Indian journal of veterinary science and animal husbandry - Volume 13,
Year: 1943
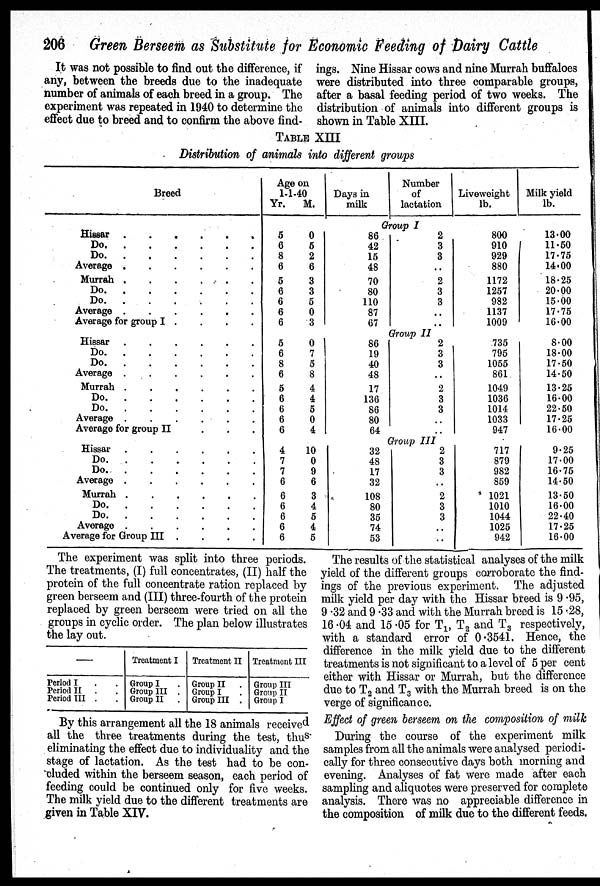
206
Green Berseem as Substitute for Economic Feeding of Dairy Cattle
It was not possible to find out the difference, if
any, between the breeds due to the inadequate
number of animals of each breed in a group. The
experiment was repeated in 1940 to determine the
effect due to breed and to confirm the above find-
ings. Nine Hissar cows and nine Murrah buffaloes
were distributed into three comparable groups,
after a basal feeding period of two weeks. The
distribution of animals into different groups is
shown in Table XIII.
TABLE XIII
Distribution of animals into different groups
Breed
Hissar . . . . . .
Do. . . . . . .
Do. . . . . . .
Average . . . . . .
Murrah . . . . . .
Do. . . . . . .
Do. . . . . . .
Average . . . . . .
Average for group I . . . .
Hissar . . . . . .
Do. . . . . . .
Do . . . . . .
Average . . . . . .
Murrah . . . . . .
Do. . . . . . .
Do. . . . . . .
Average. . . . . . .
Average for group II
.
.
.
Hissar . . . . . .
Do. . . . . . .
Do. . . . . . .
Average. . . . . . .
Murrah. . . . . . .
Do. . . . . . .
Do. . . . . . .
Average . . . . . .
Average for Group III . . . .
Age on
1-1-40
Days in
milk
Number
of
lactation
Liveweight
lb.
Milk yield
lb.
Group I
5
6
8
6
5
6
6
6
6
0
5
2
6
3
3
5
0
3
86
42
15
48
70
80
110
87
67
2
3
3
..
2
3
3
..
..
800
910
929
880
1172
1257
982
1137
1009
13.00
11.50
17.75
14.00
18.25
20.00
15.00
17.75
16.00
Group II
5
6
8
6
5
6
6
6
6
0
7
5
8
4
4
5
0
4
86
19
40
48
17
136
86
80
64
2
3
3
..
2
3
3
..
..
735
795
1055
861
1049
1036
1014
1033
947
8.00
18.00
17.50
14.50
13.25
16.00
22.50
17.25
16.00
Group III
4
7
7
6
6
6
6
6
6
10
0
9
6
3
4
5
4
5
32
48
17
32
108
80
35
74
53
2
3
3
..
2
3
3
..
..
717
879
982
859
1021
1010
1044
1025
942
9.25
17.00
16.75
14.50
13.50
16.00
22.40
17.25
16.00
The experiment was split into three periods.
The treatments, (I) full concentrates, (II) half the
protein of the full concentrate ration replaced by
green berseem and (III) three-fourth of the protein
replaced by green berseem were tried on all the
groups in cyclic order. The plan below illustrates
the lay out.
—
Period I
Period II
Period III
Treatment I
Group I
Group III
Group II
Treatment II
Group II
Group I
Group III
Treatment III
Group III
Group II
Group I
By this arrangement all the 18 animals received
all the three treatments during the test, thus
eliminating the effect due to individuality and the
stage of lactation. As the test had to be con-
cluded within the berseem season, each period of
feeding could be continued only for five weeks.
The milk yield due to the different treatments are
given in Table XIV.
The results of the statistical analyses of the milk
yield of the different groups corroborate the find-
ings of the previous experiment. The adjusted
milk yield per day with the Hissar breed is 9.95,
9.32 and 9.33 and with the Murrah breed is 15.28,
16.04 and 15.05 for T 1 , T 2 and T 3 respectively,
with a standard error of 0.3541. Hence, the
difference in the milk yield due to the different
treatments is not significant to a level of 5 per cent
either with Hissar or Murrah, but the difference
due to T 2 and T 3 with the Murrah breed is on the
verge of significance.
Effect of green berseem on the composition of milk
During the course of the experiment milk
samples from all the animals were analysed periodi-
cally for three consecutive days both morning and
evening. Analyses of fat were made after each
sampling and aliquotes were preserved for complete
analysis. There was no appreciable difference in
the composition of milk due to the different feeds.